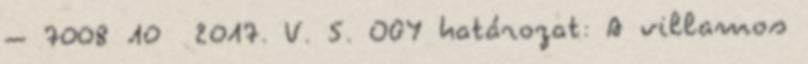
– 7008 10 2017. V. 5. OGY határozat: A villamos